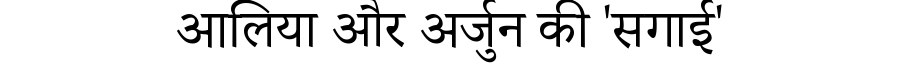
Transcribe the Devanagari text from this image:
आलिया और अर्जुन की 'सगाई'